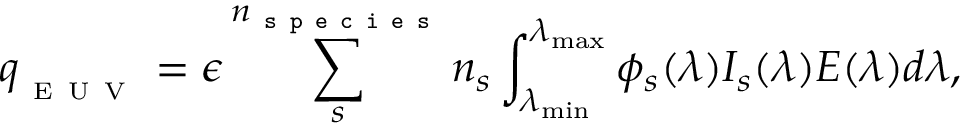
q _ { _ \mathrm { ~ E ~ U ~ V ~ } } = \epsilon \sum _ { s } ^ { n _ { \texttt { s p e c i e s } } } n _ { s } \int _ { \lambda _ { \operatorname* { m i n } } } ^ { \lambda _ { \operatorname* { m a x } } } \phi _ { s } ( \lambda ) I _ { s } ( \lambda ) E ( \lambda ) d \lambda ,